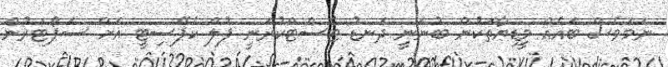
ނަމަވެސް ބައެއް މީޑިޔާތަކުން ބުނަނީ ދަނޑު ޓެސްޓްކުރަނީ ފުލް ކެޕޭސިޓީ އަށް ސަޕޯޓަރުން